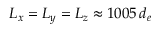
L _ { x } = L _ { y } = L _ { z } \approx 1 0 0 5 \, d _ { e }